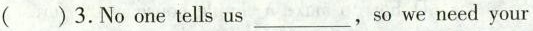
()3.No one tells us___,so we need your